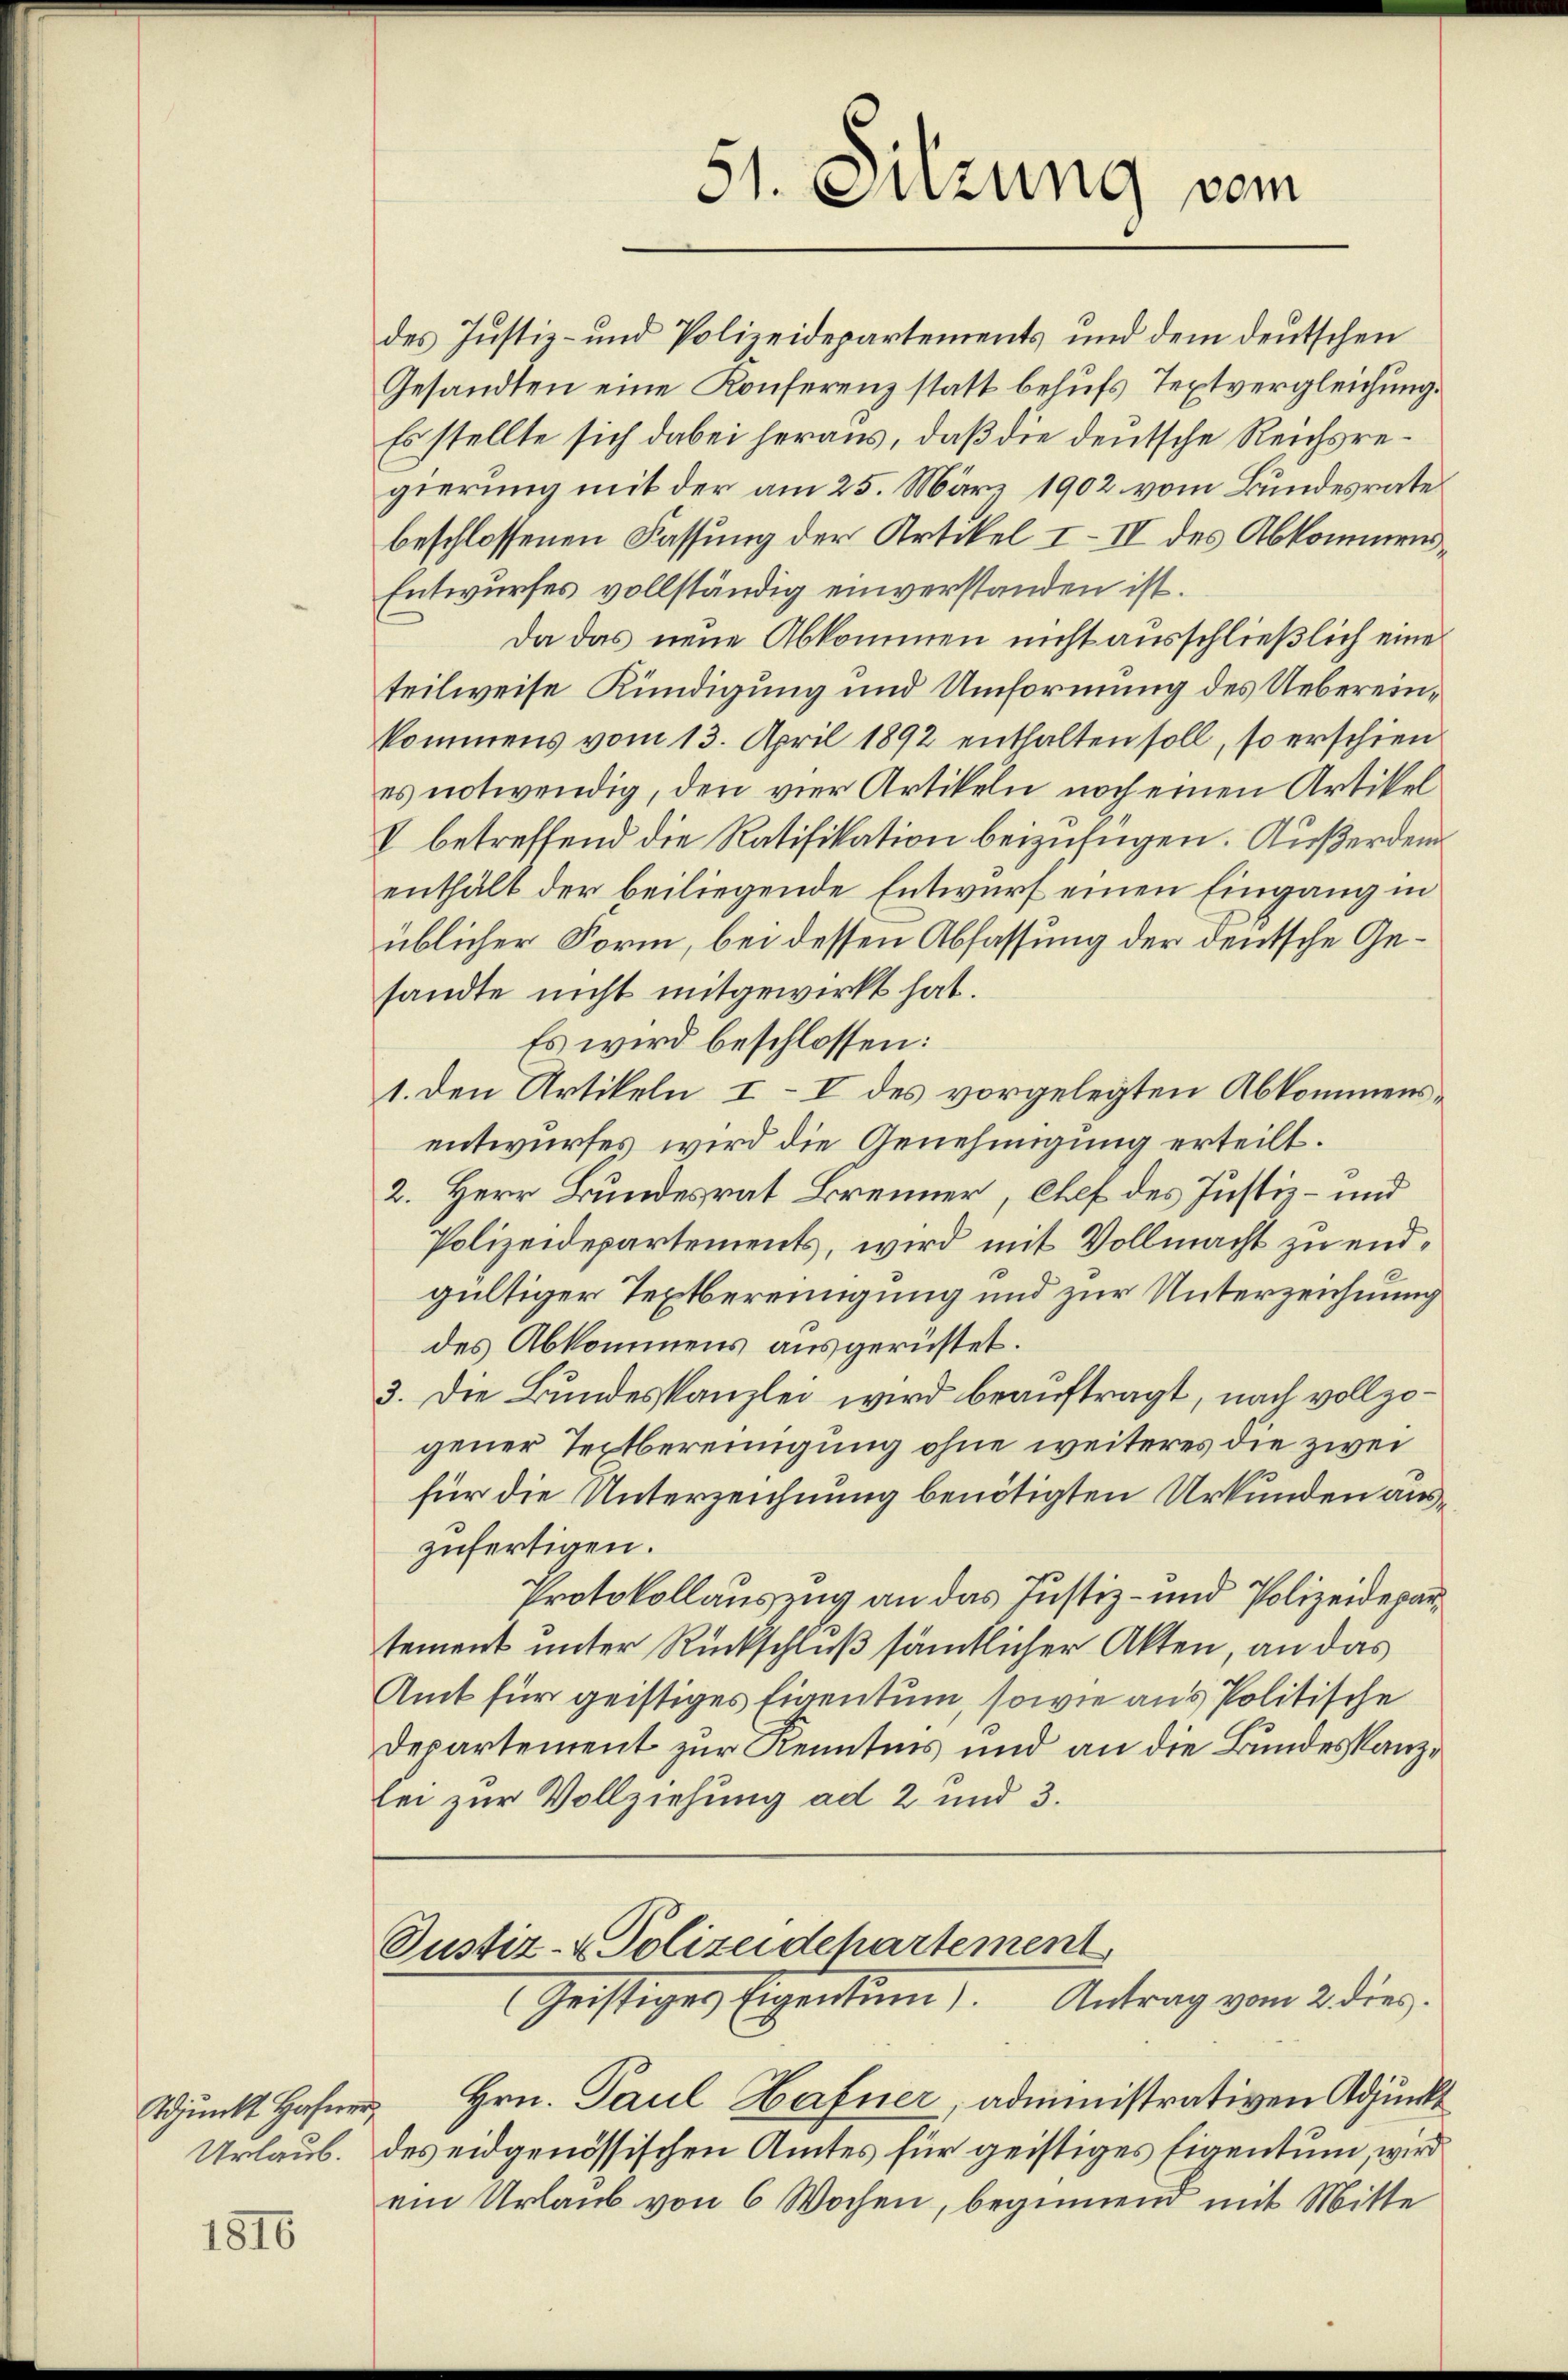
1816

des Justiz- und Polizeidepartements und dem deutschen
Gesandten eine Konferenz statt behufs Textvergleichung.
Es stellte sich dabei heraus, daß die deutsche Reichsregierung mit der am 25. März 1902 vom Bundesrate
beschlossenen Fassung der Artikel I–IV des Abkommens¬
Entwurfes vollständig einverstanden ist.
Da das neue Abkommen nicht ausschließlich eine
teilweise Kündigung und Umformung des Uebereinkommens vom 13. April 1892 enthalten soll, so erschien
es notwendig, den vier Artikeln noch einen Artikel
V betreffend die Ratifikation beizufügen. Außerdem
enthält der beiliegende Entwurf einen Eingang in
üblicher Form, bei dessen Abfassung der deutsche Gesandte nicht mitgewirkt hat.
Es wird beschlossen:
1. den Artikeln I–I des vorgelegten Abkommensentwurfes wird die Genehmigung erteilt.
2. Herr Bundesrat Brenner, Chef des Justiz- und
Polizeidepartements, wird mit Vollmacht zu endgültiger Textbereinigung und zur Unterzeichnung
des Abkommens ausgerüstet.
3. Die Bundeskanzlei wird beauftragt, nach vollzogener Textbereinigung ohne weiteres die zwei
für die Unterzeichnung benötigten Urkunden auszufertigen.
Protokollauszug an das Justiz- und Polizeidepartement unter Rückschluß sämtlicher Akten, an das
Amt für geistiges Eigentum, sowie aus Politische
Departement zur Kenntnis und an die Bundeskanzlei zur Vollziehung ad 2 und 3.

51. Sitzung vom

Justiz- & Polizeidepartement
Geistiger Eigentum. Antrag vom 2. der

Scunkt Hafner Hrn. Paul Hafner, administrativen Adjunkt
Urlaub. des eidgenössischen Amtes für geistiges Eigentum, wird
ein Urlaub von 6 Wochen, beginnend mit Mitte